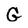
Character: G